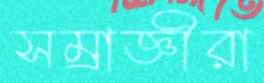
সম্রাজ্ঞীরা